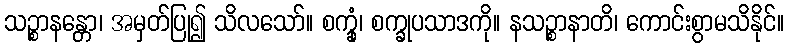
သဉ္စာနန္တော၊ အမှတ်ပြု၍ သိလသော်။ စက္ခုံ၊ စက္ခုပသာဒကို။ နသဉ္စာနာတိ၊ ကောင်းစွာမသိနိုင်။